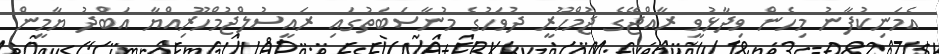
އެމަނިކުފާނު މިހެން ވިދާޅުވީ ރާއްޖޭގެ ޖުމްހޫރީ ދުވަހުގެ މުނާސަބަތުގައި ރައީސުލްޖުމްހޫރިއްޔާ އަބްދު ޔާމީން